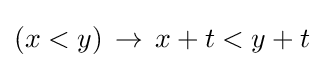
(x<y)\,\to \,x+t<y+t